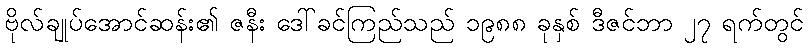
ဗိုလ်ချုပ်အောင်ဆန်း၏ ဇနီး ဒေါ်ခင်ကြည်သည် ၁၉၈၈ ခုနှစ် ဒီဇင်ဘာ ၂၇ ရက်တွင်